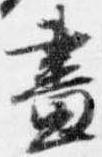
昼